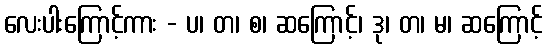
လေးပါးကြောင့်ကား - ပ၊ တ၊ စ၊ ဆကြောင့်၊ ဒု၊ တ၊ မ၊ ဆကြောင့်